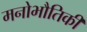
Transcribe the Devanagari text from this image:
मनोभौतिकी